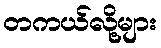
တကယ်လို့များ